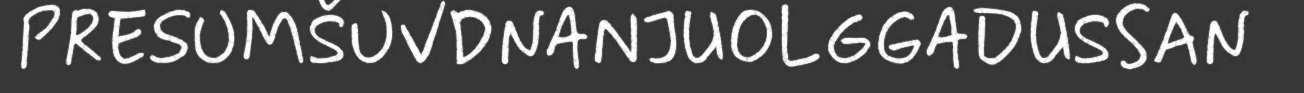
PRESUMŠUVDNANJUOLGGADUSSAN